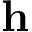
\mathbf { h }